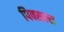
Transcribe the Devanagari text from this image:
पिक्सल्स